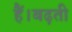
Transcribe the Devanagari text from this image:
हैं।बढ़ती